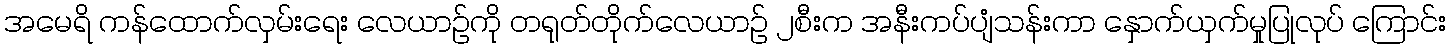
အမေရိ ကန်ထောက်လှမ်းရေး လေယာဉ်ကို တရုတ်တိုက်လေယာဉ် ၂စီးက အနီးကပ်ပျံသန်းကာ နှောက်ယှက်မှုပြုလုပ် ကြောင်း